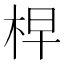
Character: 𣑬